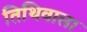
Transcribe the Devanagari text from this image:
तिथिवाला